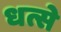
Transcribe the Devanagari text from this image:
धत्से